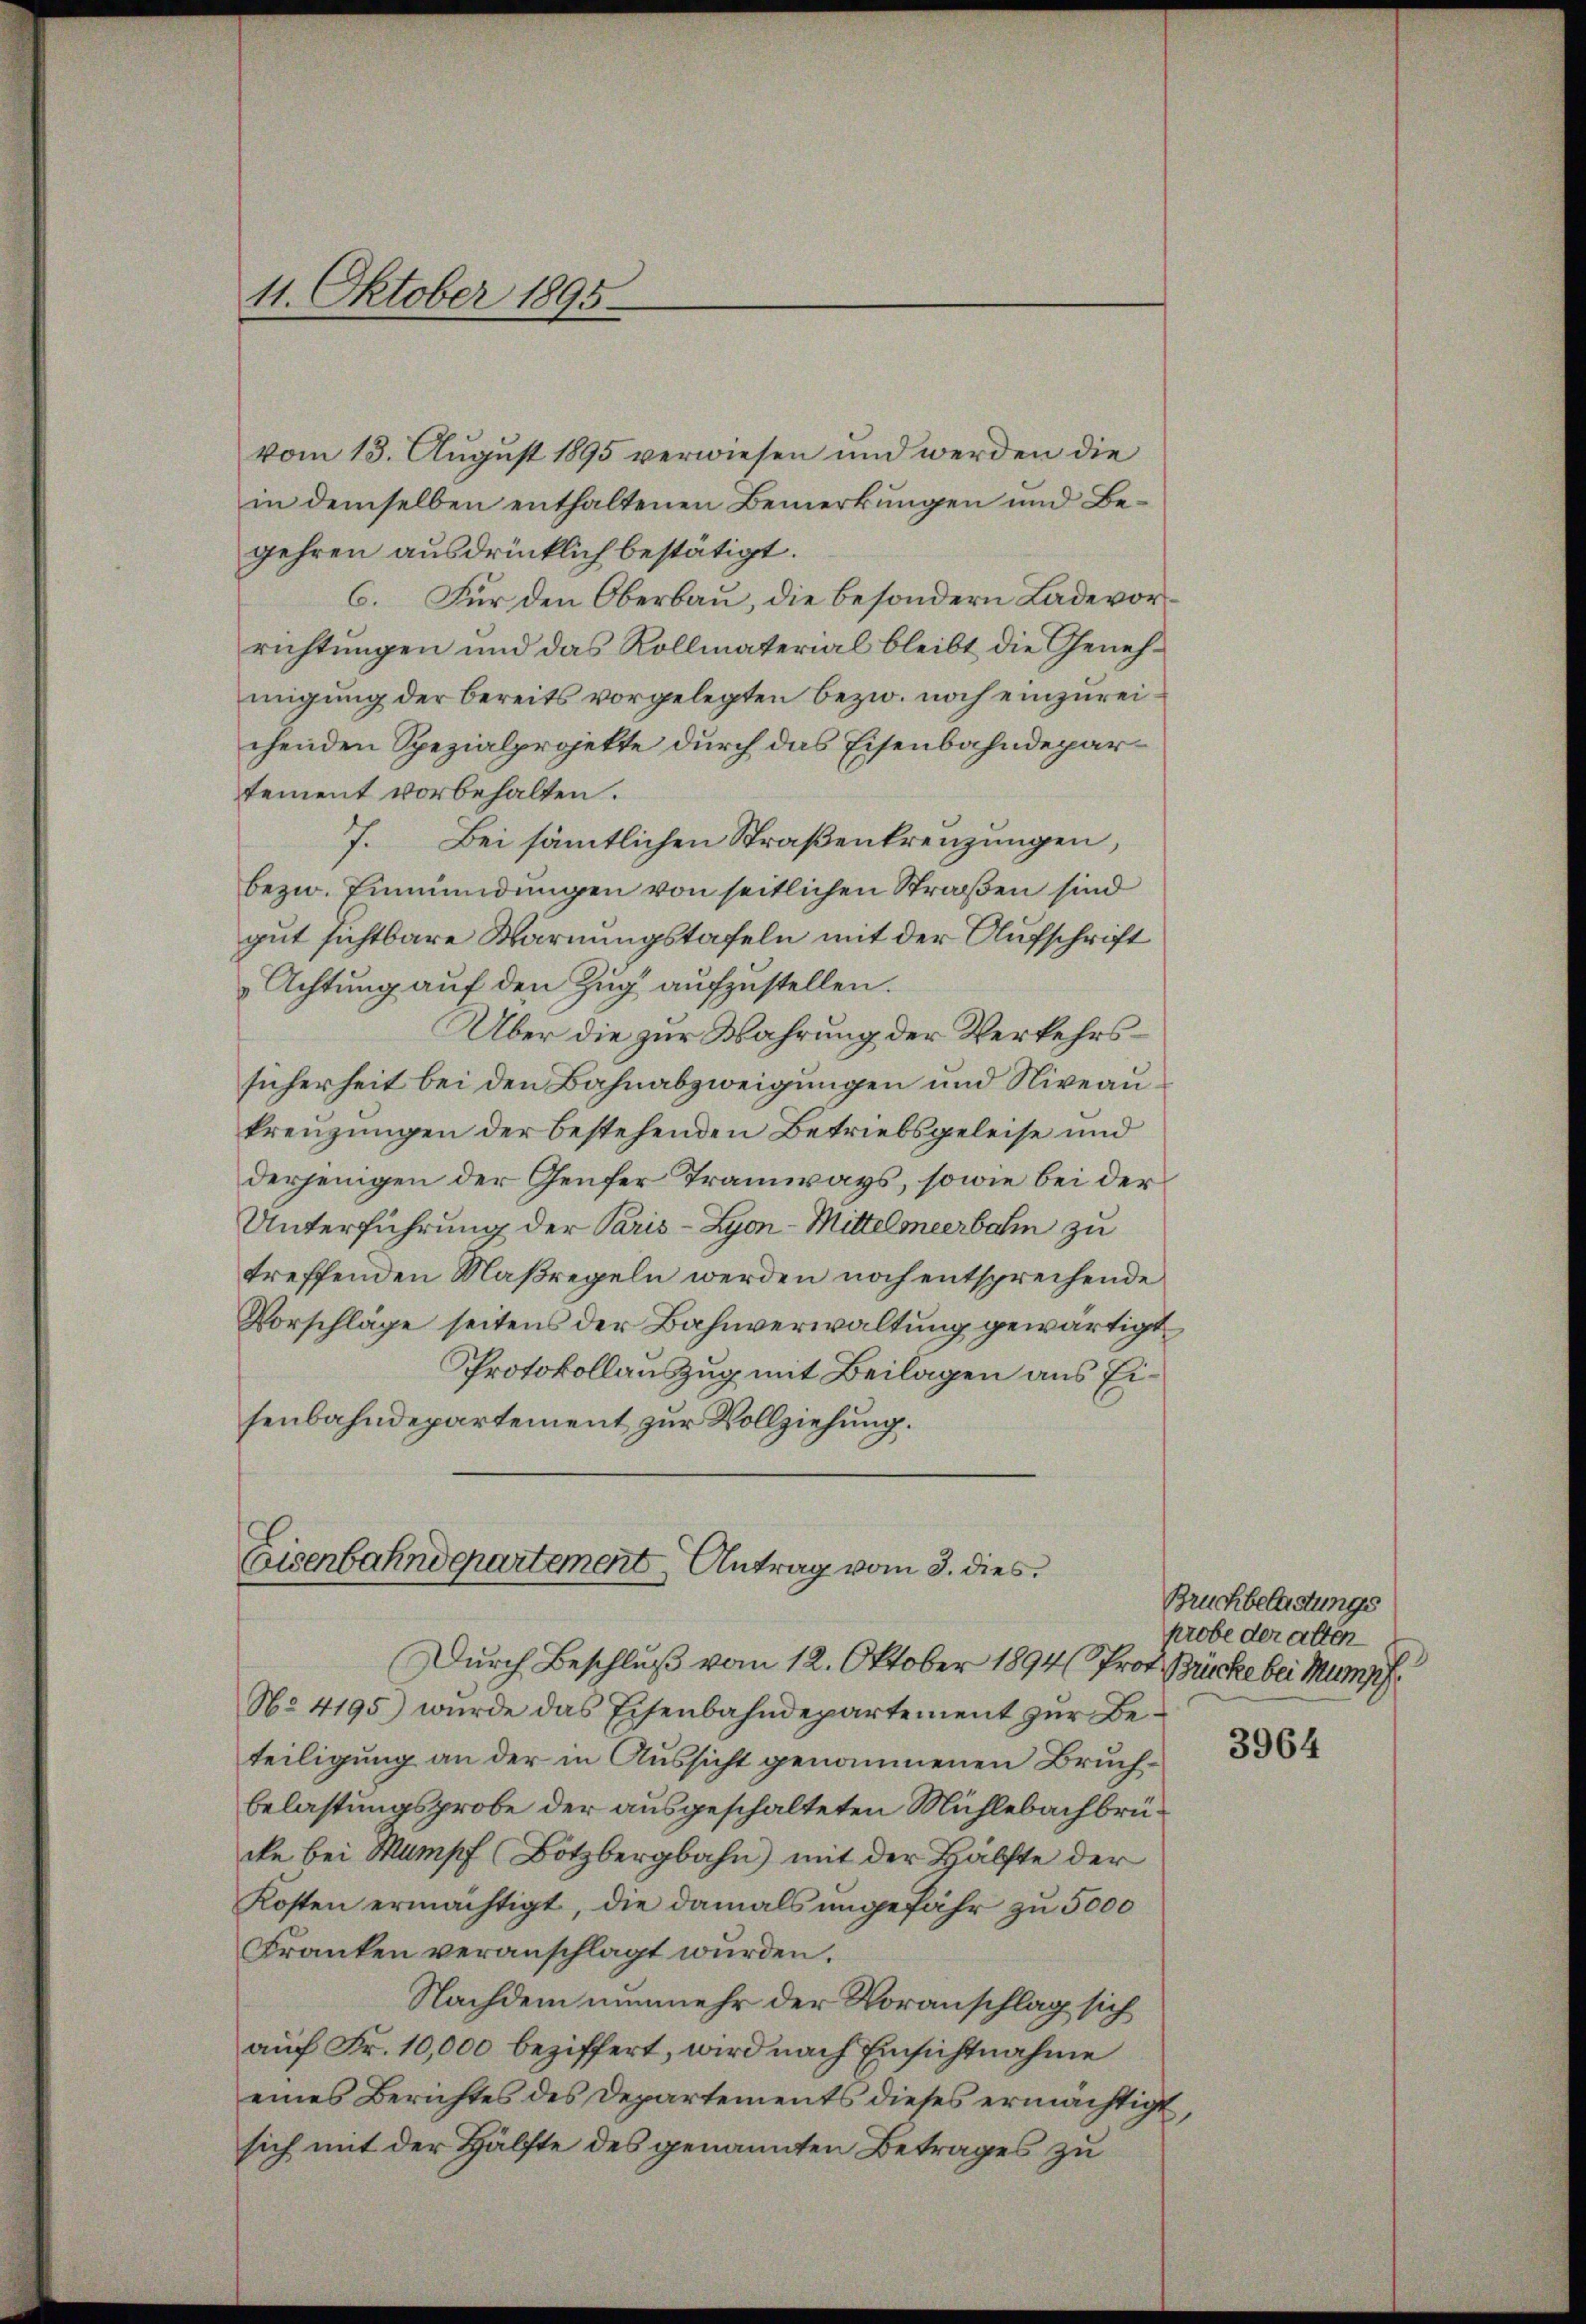
11. Oktober 1895

vom 13. August 1895 verwiesen und werden die
in demselben enthaltenen Bemerkungen und Begehren ausdrücklich bestätigt.
6. Für den Oberbau, die besondern Lade vorrichtungen und das Kollmaterial bleibt die Genehmigung der bereits vorgelegten bezw. noch einzureichenden Spezialprojekte durch das Eisenbahndepartement vorbehalten.
7. Bei sämtlichen Straßenkreuzungen,
bezw. Einmündungen von seitlichen Straßen sind
gut sichtbare Warnungstafeln mit der Aufschrift
Achtung auf den Zug aufzustellen.
Über die zur Wahrung der Verkehrssicherheit bei den Bahnabzweigungen und Niveaukreuzungen der bestehenden Betriebsgeleise und
derjenigen der Genfer Tramways, sowie bei der
Unterführung der Paris - Lyon-Mittelmeerbahn zu
treffenden Maßregeln werden noch entsprechende
Vorschläge seitens der Bahnverwaltung gewärtigt,
Protokollauszug mit Beilagen aus Eisenbahndepartement zur Vollziehung.

Eisenbahndepartement Antrag vom 3. dies
Durch Beschluß vom 12. Oktober 1894 (Prof. Brücke bei Mumpf.

No. 4195) wurde das Eisenbahndepartement zur Beteiligung an der in Aussicht genommenen Bruchbelastungsprobe der ausgeschalteten Mühlebachbrücke bei Stumpf Bötzbergbahn) mit der Hälfte der
Kosten ermächtigt, die damals ungefähr zu 5000
Franken veranschlagt wurden.
Nachdem nunmehr der Voranschlag sich
auf Fr. 10,000 beziffert, wird nach Einsichtnahme
eines Berichtes des Departements dieses ermächtigt
sich mit der Hälfte des genannten Betrages zu

Bruchbelastungs
probe der alten

3964